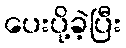
ပေးပို့ခဲ့ပြီး